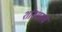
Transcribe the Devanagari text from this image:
शोरशराबे